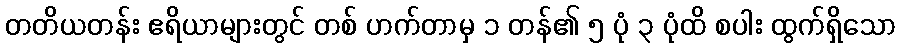
တတိယတန်း ဧရိယာများတွင် တစ် ဟက်တာမှ ၁ တန်၏ ၅ ပုံ ၃ ပုံထိ စပါး ထွက်ရှိသော